Report on lock hospitals in British Burma
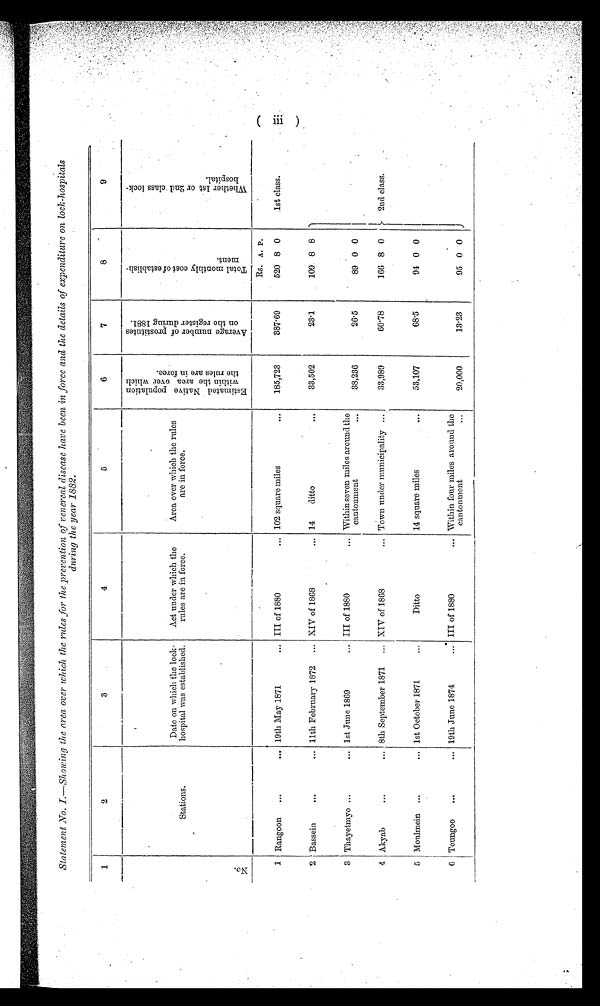
Statement No. I.—Showing the area over which the rules for the prevention of venereal disease have been in force and the details of expenditure on lock-hospitals
during the year 1882.
1
2
3
4
5
6
7
8
9
No.
Stations.
Date on which the lock-
hospital was established.
Act under which the
rules are in force.
Area over which the rules
are in force.
E s t i m a t e d N a t i v e p o p u l a t i o n w i t h i n t h e a r e a o v e r w h i c h t h e r u l e s a r e i n f o r c e .
A v e r a g e n u m b e r o f p r o s t i t u t e s o n t h e r e g i s t e r d u r i n g 1 8 8 1 .
T o t a l m o n t h l y c o s t o f e s t a b l i s h m e n t .
W h e t h e r 1 s t o r 2 n d c l a s s l o c k - h o s p i t a l .
1 Rangoon ...
... 19th May 1871
... III of 1880
... 102 square miles
185,723
387.69
Rs.
A . P .
520 8 0
.1st class.
2 Bassein
...
... 11th February 1872
... XIV of 1868
... 14
ditto
...
33,502
23.1
109. 8 8
3 Thayetmyo ...
... 1st June1 8 6 9
. . . III of 1880
... Within seven miles around the
cantonment
...
38,236
26.5
89 0 0
4 Akyab
...
... 8th September 1871
... XIV of 1868
... Town under municipality ...
33,989
60.78
166 8 0
2nd class.
5 Moulmein ...
... 1st October 1871
...
Ditto
14 square miles
...
53,107
68'5
94 0 0
6 Toungoo ...
... 19th June 1874
... III of 1880
... Within four miles around the
cantonment
...
20,000
13.23
95 0 0
(III)